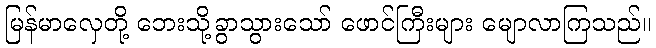
မြန်မာလှေတို့ ဘေးသို့ခွာသွားသော် ဖောင်ကြီးများ မျောလာကြသည်။